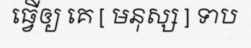
ធ្វើឲ្យ គេ [ មនុស្ស ] ទាប